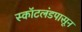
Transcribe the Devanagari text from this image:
स्कॉटलंडपासून